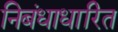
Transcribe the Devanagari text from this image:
निबंधाधारित